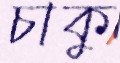
চাকু